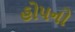
હોપનો